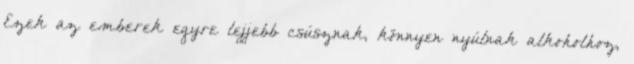
Ezek az emberek egyre lejjebb csúsznak, könnyen nyúlnak alkoholhoz,